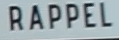
RAPPEL